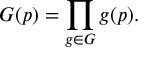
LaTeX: G ( p ) = \prod _ { g \in G } g ( p ) .